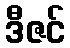
ဒီဇင်